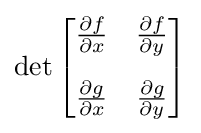
\det {\begin{bmatrix}{\frac {\partial f}{\partial x}}&{\frac {\partial f}{\partial y}}\\[10pt]{\frac {\partial g}{\partial x}}&{\frac {\partial g}{\partial y}}\end{bmatrix}}